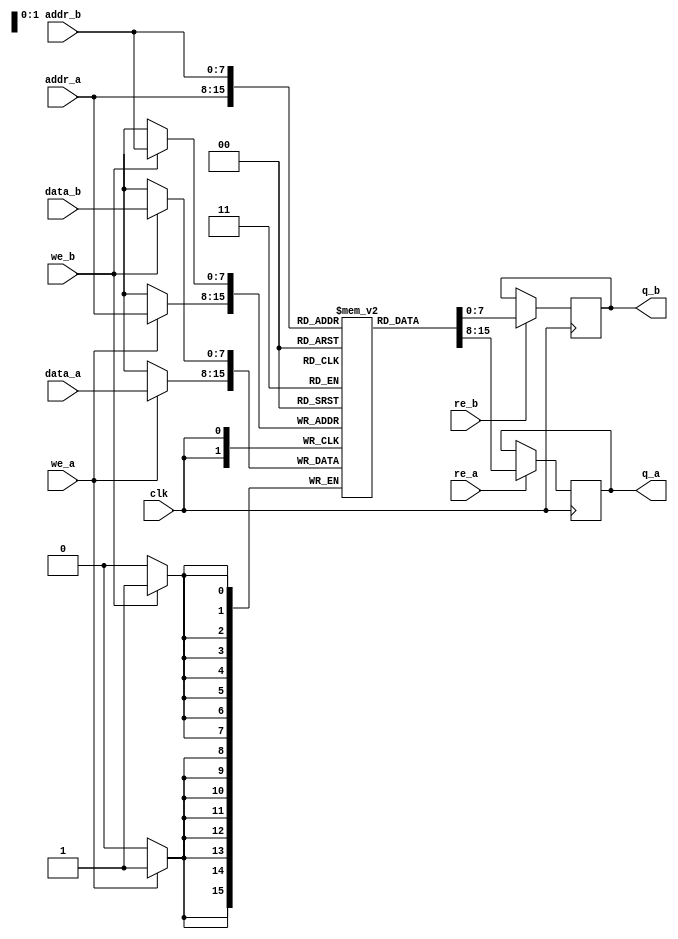
module dual_port_sram #(
    parameter DATA_WIDTH = 8,  // Width of each data entry
    parameter ADDR_WIDTH = 8,  // Number of address bits
    parameter DEPTH = 1 << ADDR_WIDTH // Depth of the memory
)(
    input wire clk,              // Clock signal
    input wire we_a,             // Write Enable for Port A
    input wire re_a,             // Read Enable for Port A
    input wire [ADDR_WIDTH-1:0] addr_a, // Address for Port A
    input wire [DATA_WIDTH-1:0] data_a, // Data input for Port A
    output reg [DATA_WIDTH-1:0] q_a,      // Data output for Port A

    input wire we_b,             // Write Enable for Port B
    input wire re_b,             // Read Enable for Port B
    input wire [ADDR_WIDTH-1:0] addr_b, // Address for Port B
    input wire [DATA_WIDTH-1:0] data_b, // Data input for Port B
    output reg [DATA_WIDTH-1:0] q_b       // Data output for Port B
);

    // Memory array
    reg [DATA_WIDTH-1:0] memory [0:DEPTH-1];

    // Port A operation
    always @(posedge clk) begin
        if (we_a) begin
            // Write data to memory at address addr_a
            memory[addr_a] <= data_a;
        end
        if (re_a) begin
            // Read data from memory at address addr_a
            q_a <= memory[addr_a];
        end
    end

    // Port B operation
    always @(posedge clk) begin
        if (we_b) begin
            // Write data to memory at address addr_b
            memory[addr_b] <= data_b;
        end
        if (re_b) begin
            // Read data from memory at address addr_b
            q_b <= memory[addr_b];
        end
    end

endmodule